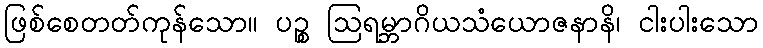
ဖြစ်စေတတ်ကုန်သော။ ပဉ္စ ဩရမ္ဘာဂိယသံယောဇနာနိ၊ ငါးပါးသော